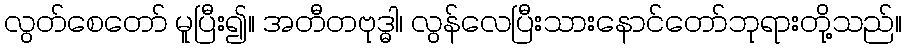
လွတ်စေတော် မူပြီး၍။ အတီတဗုဒ္ဓါ၊ လွန်လေပြီးသားနောင်တော်ဘုရားတို့သည်။